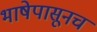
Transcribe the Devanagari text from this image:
भाषेपासूनच